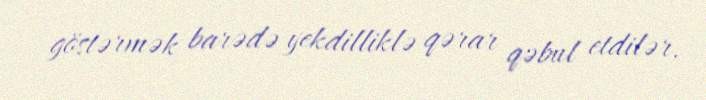
göstərmək barədə yekdilliklə qərar qəbul etdilər.